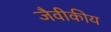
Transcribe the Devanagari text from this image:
जैवीकीय